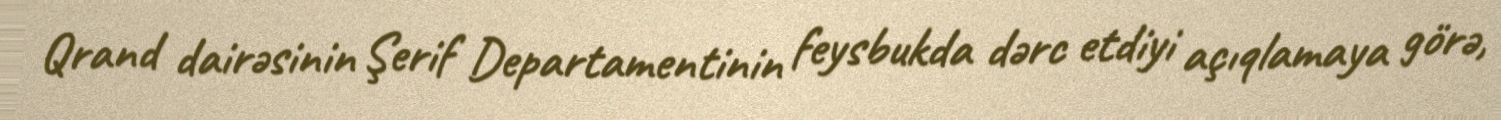
Qrand dairəsinin Şerif Departamentinin feysbukda dərc etdiyi açıqlamaya görə,